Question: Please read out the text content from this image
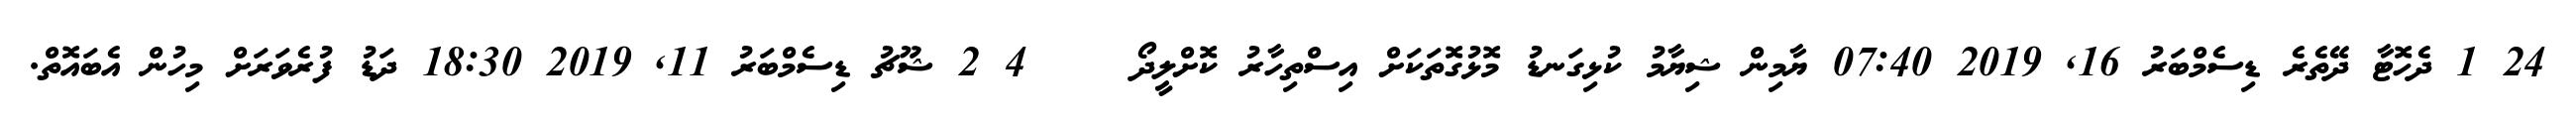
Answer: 24 1 ދެހޮޓާ ދޭތެރެ ޑިސެމްބަރު 16, 2019 07:40 ޔާމިން ޝިޔާމު ކުޅިގަނޑު މޮޅުގޮތަކަށް އިސްތިހާރު ކޮށްލީދޯ????? 4 2 ޝޫޗު ޑިސެމްބަރު 11, 2019 18:30 ދަޑު ފުރެވަރަށް މިހުން އެބައޮތް.